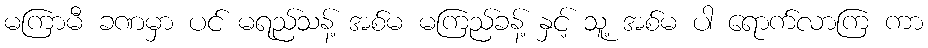
မကြာမီ ခဏမှာ ပင် မရည်သန့် အစ်မ မကြည်ခန့် နှင့် သူ့ အစ်မ ပါ ရောက်လာကြ ကာ